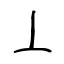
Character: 丄